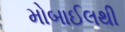
મોબાઈલથી